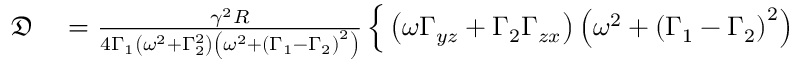
\begin{array} { r l } { \mathfrak { D } } & { { } = \frac { \gamma ^ { 2 } R } { 4 \Gamma _ { 1 } \left( \omega ^ { 2 } + \Gamma _ { 2 } ^ { 2 } \right) \left( \omega ^ { 2 } + \left( \Gamma _ { 1 } - \Gamma _ { 2 } \right) ^ { 2 } \right) } \left\{ \vphantom { \int _ { 0 } ^ { 0 } } \left( \omega \Gamma _ { y z } + \Gamma _ { 2 } \Gamma _ { z x } \right) \left( \omega ^ { 2 } + \left( \Gamma _ { 1 } - \Gamma _ { 2 } \right) ^ { 2 } \right) \right. } \end{array}